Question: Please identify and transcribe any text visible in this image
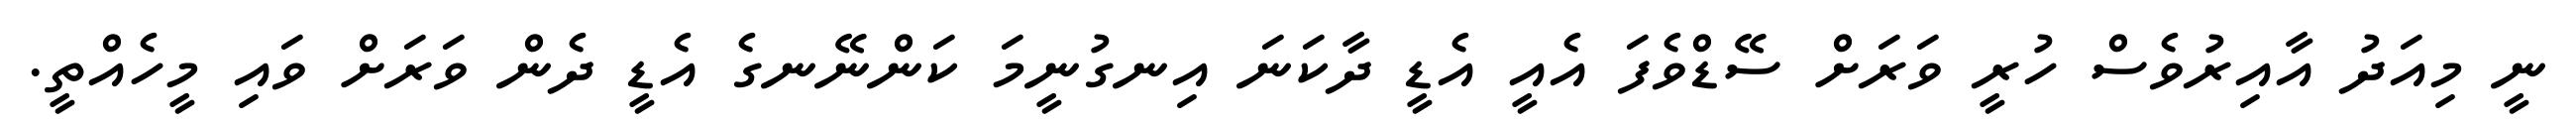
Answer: ނީ މިއަދު އާއިރުވެސް ހުރީ ވަރަށް ސޭޑްވެފަ އެއީ އެޑީ ދާކަނަ އިނގުނީމަ ކަންނޭނގެ އެޑީ ދެން ވަރަށް ވައި މީހެއްތީ.